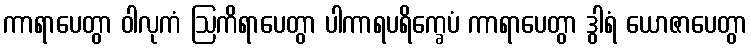
ကာရာပေတွာ ဝါလုကံ ဩကိရာပေတွာ ပါကာရပရိက္ခေပံ ကာရာပေတွာ ဒွါရံ ယောဇာပေတွာ